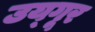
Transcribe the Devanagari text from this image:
उय्गूर